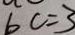
6 c = 3